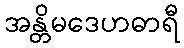
အန္တိမဒေဟဓာရီ